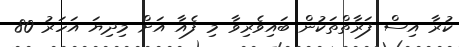
ކުރާ އިސް ފަރާތްތަކުން ބައިވެރިވާ މި ފެއާ އަށް މިދިޔަ އަހަރު 80